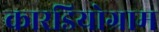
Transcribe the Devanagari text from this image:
कारडियोग्राम